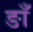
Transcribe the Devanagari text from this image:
ङाँ